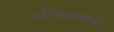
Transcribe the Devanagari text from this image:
अरिडचाको